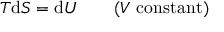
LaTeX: T \mathrm { d } S = \mathrm { d } U \, \, \, \, \, \, \, \, \, \, \, \, ( V \, \, { \mathrm { c o n s t a n t ) } }